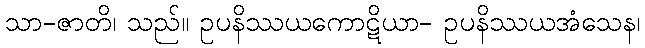
သာ-ဇာတိ၊ သည်။ ဥပနိဿယကောဋိယာ- ဥပနိဿယအံသေန၊